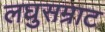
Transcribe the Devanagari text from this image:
लघुसम्राट